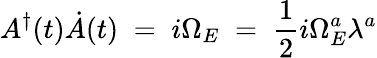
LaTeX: A^{\dagger}(t)\dot{A}(t)\; =\; i\Omega_{E}\; =\; \frac{1}{2}i\Omega_{E}^{a}\lambda^{a}